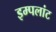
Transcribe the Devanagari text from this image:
इम्पलांट